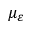
\mu _ { \varepsilon }